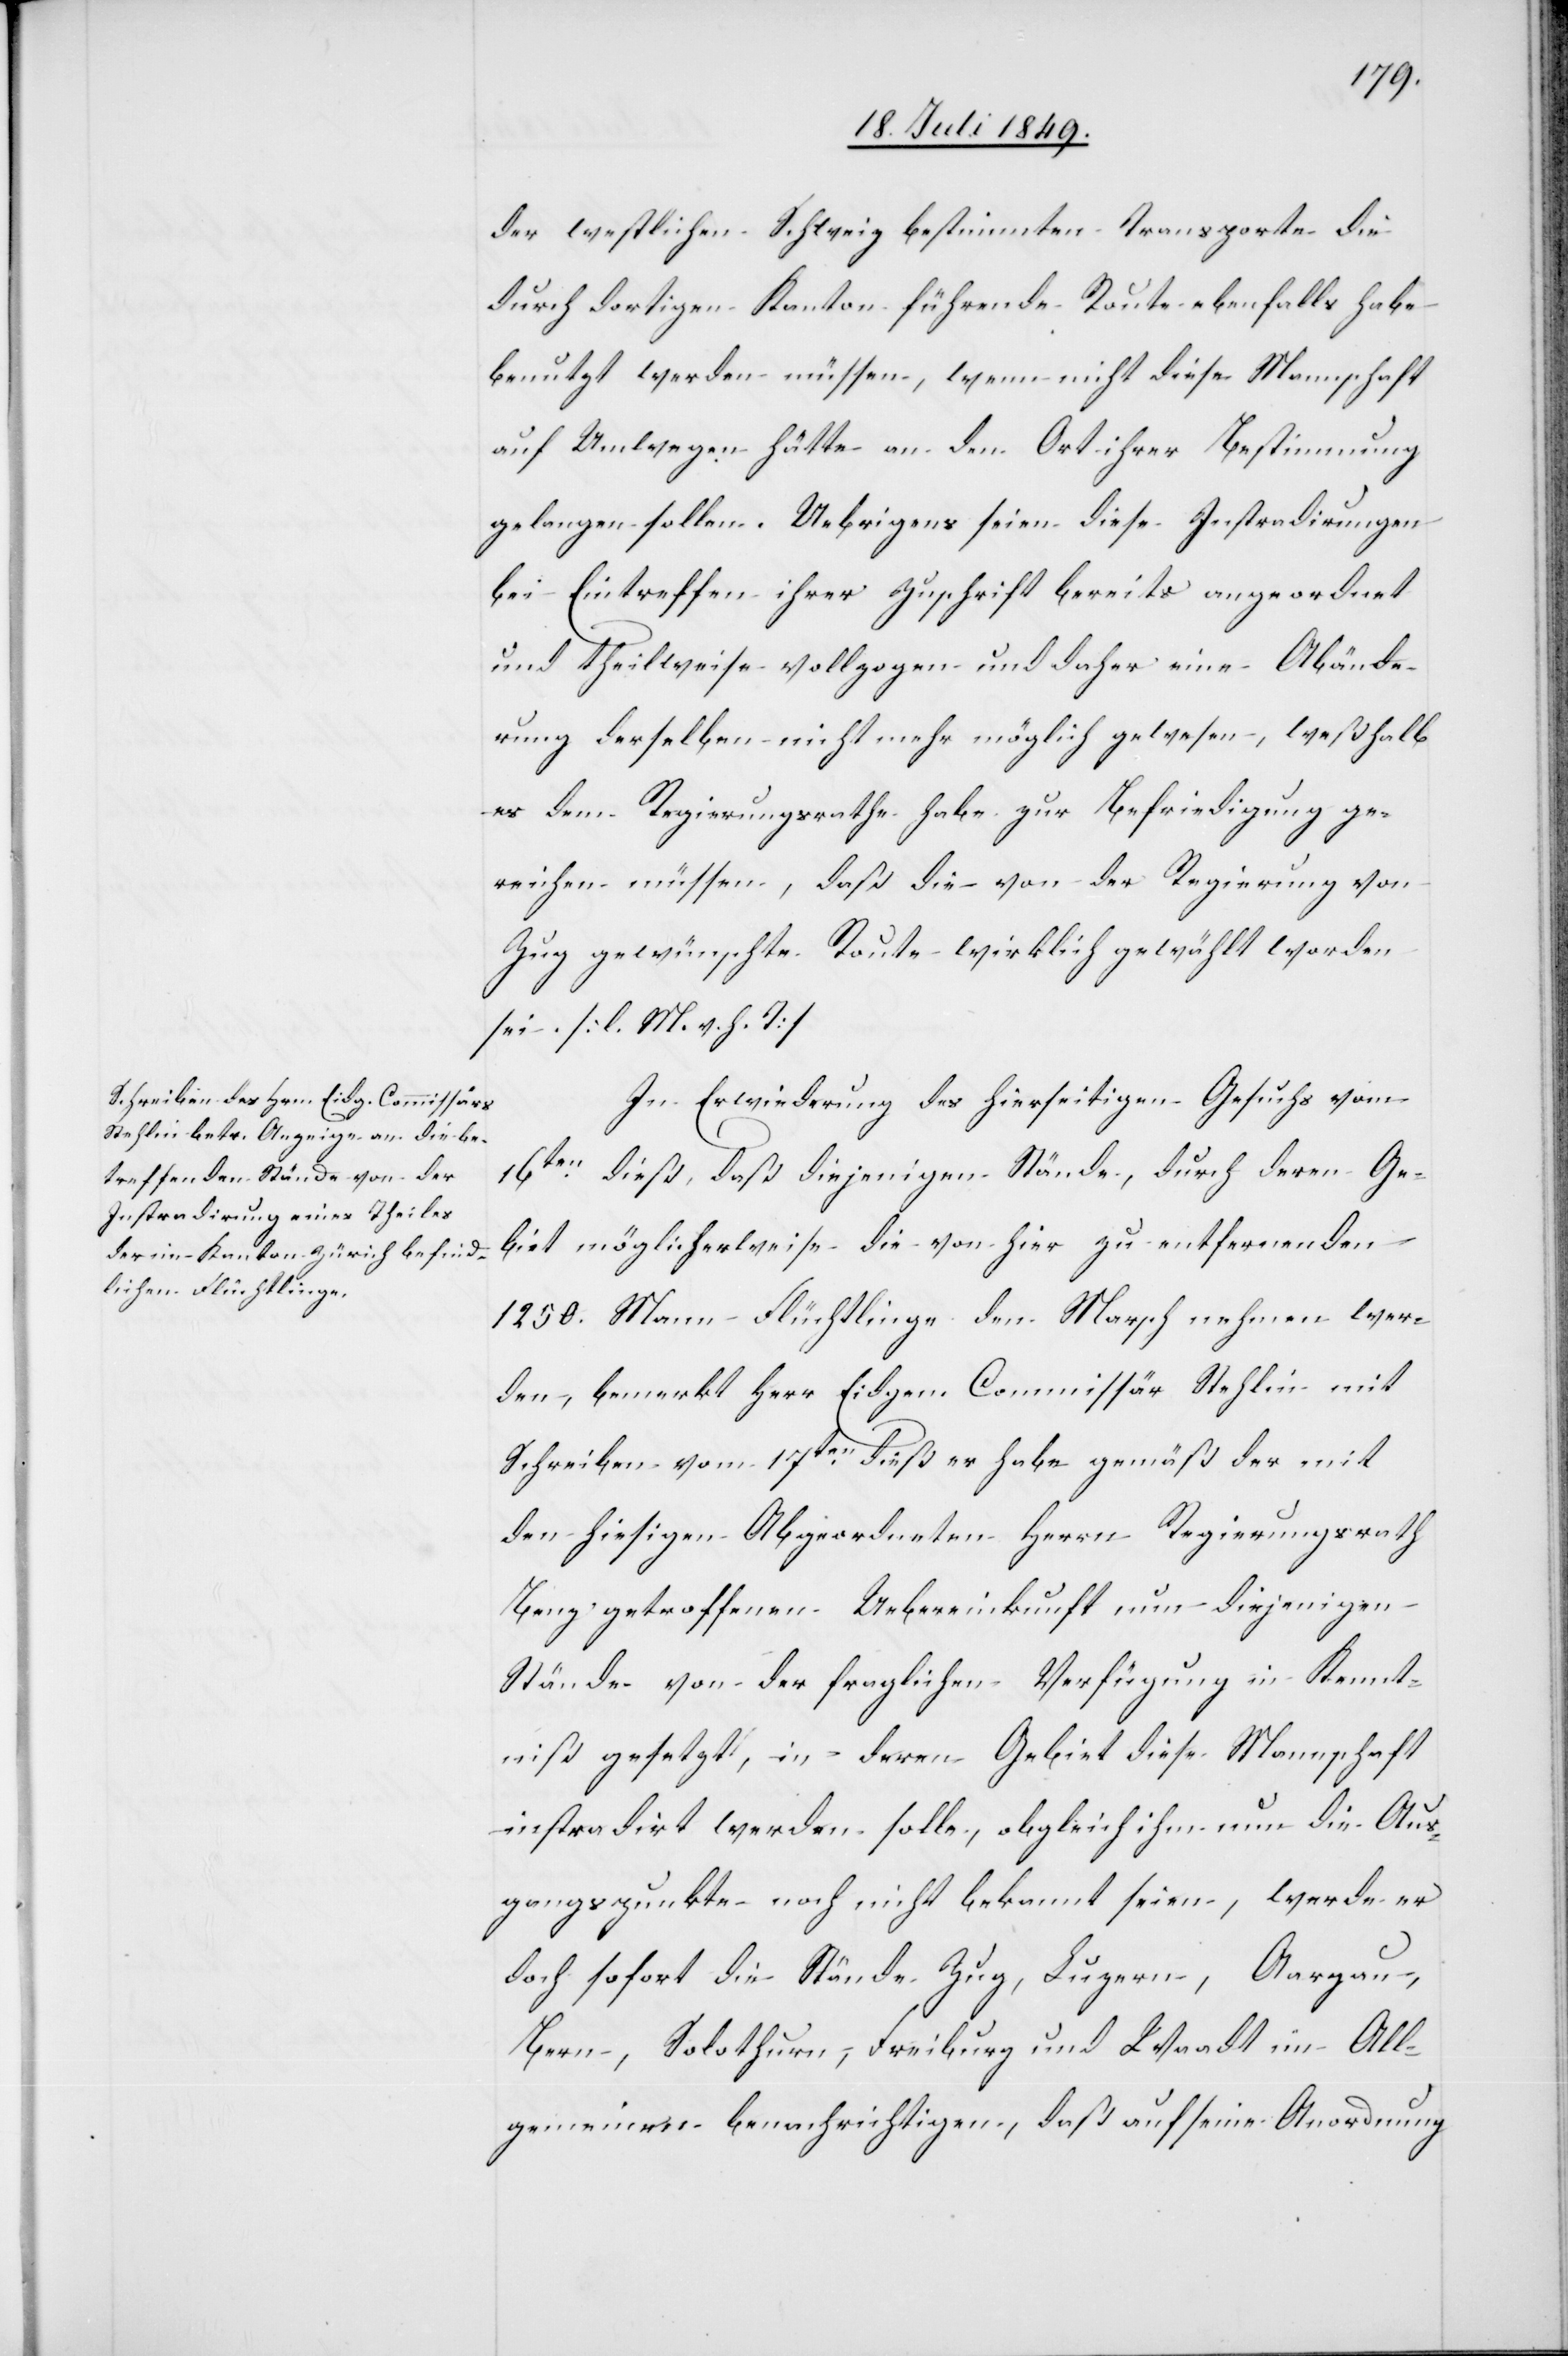
der westlichen Schweiz bestimmten Transporte die
durch dortigen Kanton führende Route ebenfalls habe
benutzt werden müssen, wenn nicht diese Mannschaft
auf Umwegen hätte an den Ort ihrer Bestimmung
gelangen sollen. Uebrigens seien diese Instradirungen
bei Eintreffen ihrer Zuschrift bereits angeordnet
und theilweise vollzogen und daher eine Abände¬
rung derselben nicht mehr möglich gewesen, weßhalb
es dem Regierungsrathe habe zur Befriedigung ge¬
reichen müssen, daß die von der Regierung von
Zug gewünschte Route wirklich gewählt worden
sei. [l. M. v. h. T]
In Erwiederung des hierseitigen Gesuchs vom
16ten dieß, daß diejenigen Stände, durch deren Ge¬
biet möglicherweise die von hier zu entfernenden
1250. Mann Flüchtlinge den Marsch nehmen wer¬
den, bemerkt Herr Eidgen. Commissär Stehlin mit
Schreiben vom 17ten dieß er habe gemäß der mit
den hiesigen Abgeordneten Herrn Regierungsrath
Benz getroffenen Uebereinkunft nur diejenigen
Stände von der fraglichen Verfügung in Kennt¬
niß gesetzt, in deren Gebiet diese Mannschaft
instradirt werden solle, obgleich ihm nun die Aus¬
gangspunkte noch nicht bekannt seien, werde er
doch sofort die Stände Zug, Luzern, Aargau,
Bern, Solothurn, Freiburg und Waadt im All¬
gemeinen benachrichtigen, daß auf seine Anordnung